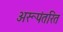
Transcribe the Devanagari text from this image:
अरूपंतरित